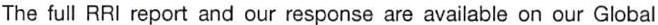
The full RRI report and our response are available on our Global